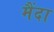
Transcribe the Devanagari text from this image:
मैंदा